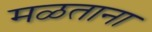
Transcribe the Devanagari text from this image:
मळताना